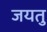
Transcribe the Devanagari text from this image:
जयतु